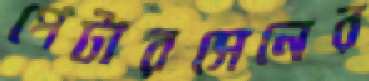
পেটারসেনের